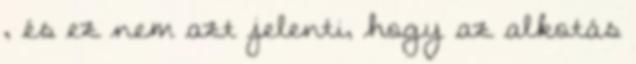
, és ez nem azt jelenti, hogy az alkotás